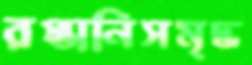
রপ্তানিসমৃদ্ধ